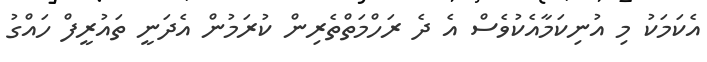
އެކަމަކު މި އުނިކަމާއެކުވެސް އެ ދެ ރަހްމަތްތެރިން ކުރަމުން އެދަނީ ތައުރީފް ހައްގު